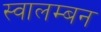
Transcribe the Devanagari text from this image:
स्वालम्बन